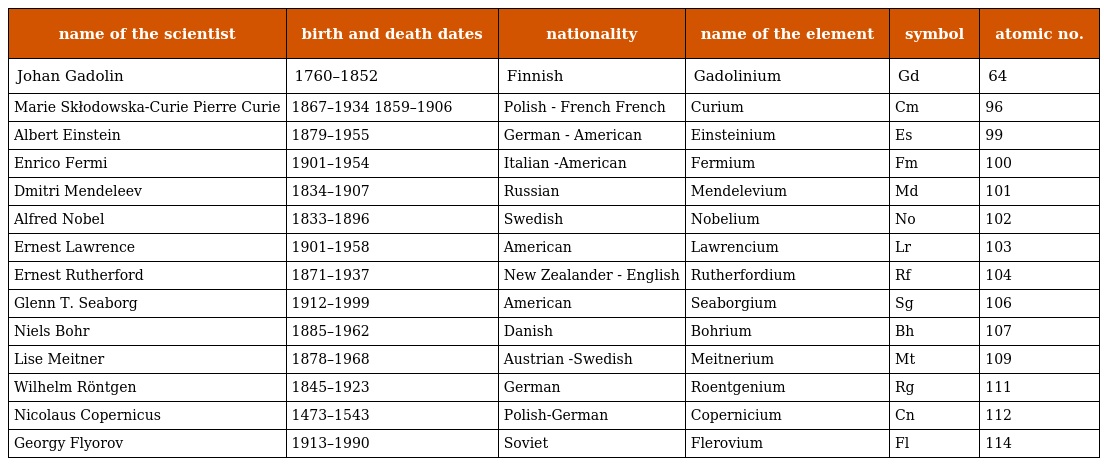
| name of the scientist | birth and death dates | nationality | name of the element | symbol | atomic no. |
 | --- | --- | --- | --- | --- | --- |
 | Johan Gadolin | 1760–1852 | Finnish | Gadolinium | Gd | 64 |
 | Marie Skłodowska-Curie Pierre Curie | 1867–1934 1859–1906 | Polish - French French | Curium | Cm | 96 |
 | Albert Einstein | 1879–1955 | German - American | Einsteinium | Es | 99 |
 | Enrico Fermi | 1901–1954 | Italian -American | Fermium | Fm | 100 |
 | Dmitri Mendeleev | 1834–1907 | Russian | Mendelevium | Md | 101 |
 | Alfred Nobel | 1833–1896 | Swedish | Nobelium | No | 102 |
 | Ernest Lawrence | 1901–1958 | American | Lawrencium | Lr | 103 |
 | Ernest Rutherford | 1871–1937 | New Zealander - English | Rutherfordium | Rf | 104 |
 | Glenn T. Seaborg | 1912–1999 | American | Seaborgium | Sg | 106 |
 | Niels Bohr | 1885–1962 | Danish | Bohrium | Bh | 107 |
 | Lise Meitner | 1878–1968 | Austrian -Swedish | Meitnerium | Mt | 109 |
 | Wilhelm Röntgen | 1845–1923 | German | Roentgenium | Rg | 111 |
 | Nicolaus Copernicus | 1473–1543 | Polish-German | Copernicium | Cn | 112 |
 | Georgy Flyorov | 1913–1990 | Soviet | Flerovium | Fl | 114 |